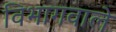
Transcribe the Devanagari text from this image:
विभागवाले